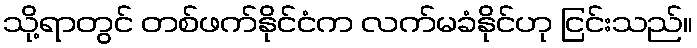
သို့ရာတွင် တစ်ဖက်နိုင်ငံက လက်မခံနိုင်ဟု ငြင်းသည်။